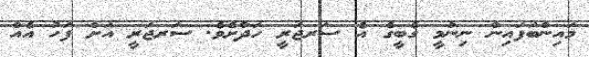
މައިންބަފައިން ނިންމީ ގެބީގެ އެ ސަރޖަރީ ހަދާށެވެ. ސަރޖަރީ އަށް ފަހު އެއް